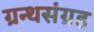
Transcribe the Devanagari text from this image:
ग्रन्थसंग्रह